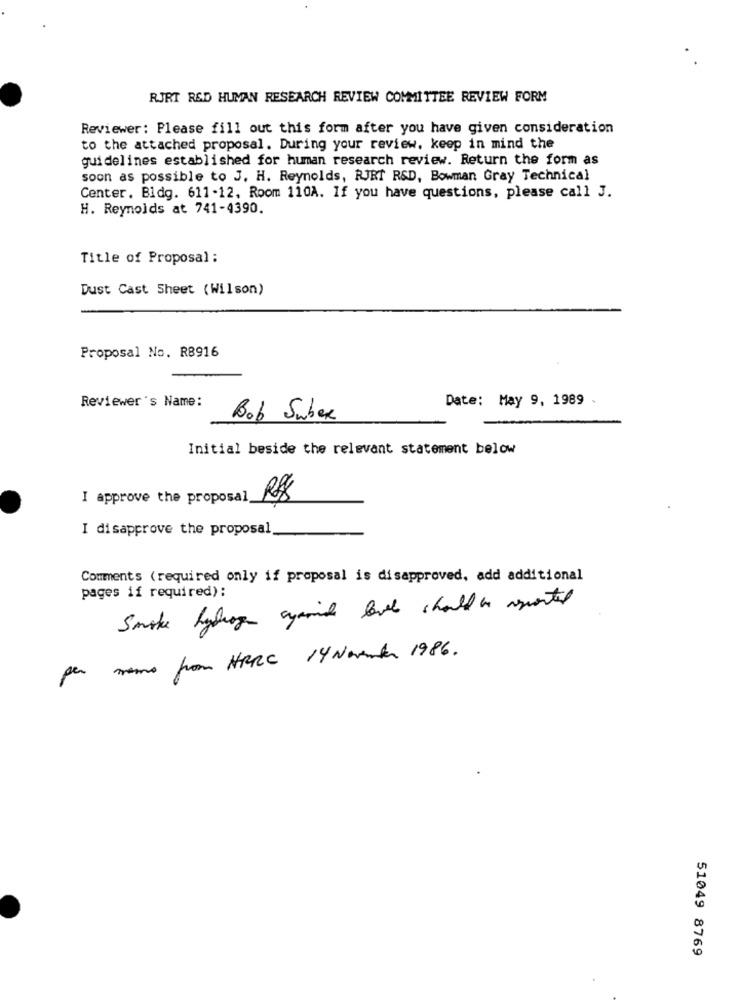
RJRT R&D HUMAN RESEARCH REVIEW COMMITTEE REVIEW FORM
Reviewer: Please fill out this form after you have given consideration
to the attached proposal. During your review, keep in mind the
guidelines established for human research review. Return the form as
soon as possible to J. H. Reynolds, RJRT R&D, Bowman Gray Technical
Center. Bldg. 611-12, Room 110A. If you have questions, please call J.
H. Reynolds at 741-4390.
Title of Proposal :
Dust Cast Sheet (Wilson)
Proposal No. R8916
Reviewer's Name:
Date: May 9, 1989
Bob Suber
Initial beside the relevant statement below
I approve the proposal
I disapprove the proposal
Comments (required only if proposal is disapproved, add additional
pages if required):
Smoke hydrogen ayamid level should be reported
per men from HARC 14 November 1986.
51049 8769